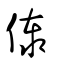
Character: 傣